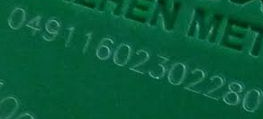
04911602302280